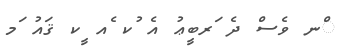
ްނ ވެސް ދެ ަރބީޢު އެ ުކ ެއ ީކ ޤައު ަމ